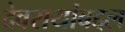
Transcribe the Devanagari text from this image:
देवरायांबद्दल